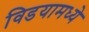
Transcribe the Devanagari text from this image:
विडयामध्ये